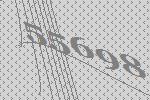
55698